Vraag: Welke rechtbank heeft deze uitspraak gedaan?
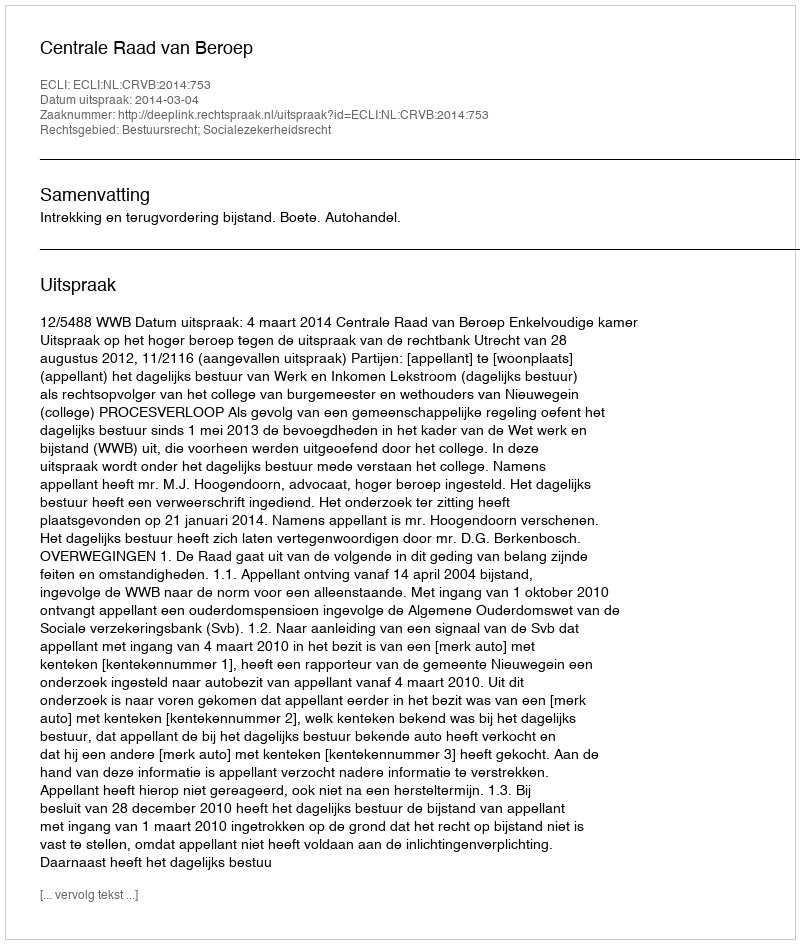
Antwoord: Centrale Raad van Beroep